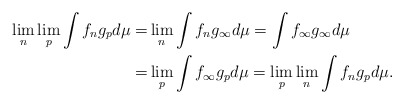
\begin{align*}\lim_n \lim_p \int f_n g_p d\mu=&\lim_n \int f_n g_\infty d\mu=\int f_\infty g_\infty d\mu\\=&\lim_p \int f_\infty g_p d\mu=\lim_p \lim_n \int f_n g_p d\mu.\end{align*}